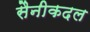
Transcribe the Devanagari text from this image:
सैनीकदल